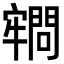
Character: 𡫡